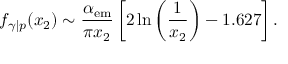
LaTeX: f _ { \gamma | p } ( x _ { 2 } ) \sim \frac { \alpha _ { \mathrm { e m } } } { \pi x _ { 2 } } \left[ 2 \ln \left( \frac { 1 } { x _ { 2 } } \right) - 1 . 6 2 7 \right] .